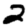
Digit: 2